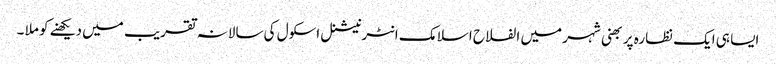
ایسا ہی ایک نظارہ پربھنی شہر میں الفلاح اسلامک انٹرنیشنل اسکول کی سالانہ تقریب میں دیکھنے کو ملا ۔